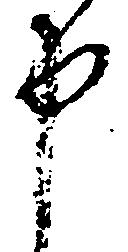
申